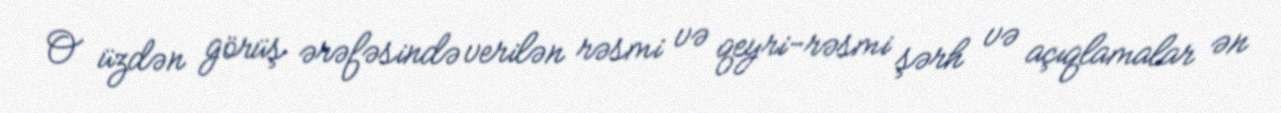
O üzdən görüş ərəfəsində verilən rəsmi və qeyri-rəsmi şərh və açıqlamalar ən